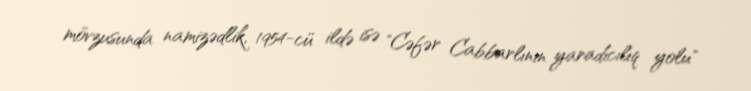
mövzusunda namizədlik, 1954-cü ildə isə "Cəfər Cabbarlının yaradıcılıq yolu"